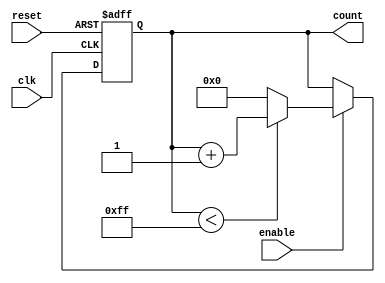
module parameterized_counter #(
    parameter WIDTH = 8,            // Bit-width of the counter
    parameter MAX_VALUE = 255       // Maximum count limit (must be <= 2**WIDTH - 1)
) (
    input wire clk,                 // Clock signal
    input wire enable,              // Enable signal
    input wire reset,               // Asynchronous reset signal
    output reg [WIDTH-1:0] count    // Current count value
);

    // Asynchronous reset and counting logic
    always @(posedge clk or posedge reset) begin
        if (reset) begin
            count <= 0;              // Reset counter to 0
        end else if (enable) begin
            if (count < MAX_VALUE) begin
                count <= count + 1;  // Increment counter
            end else begin
                count <= 0;          // Roll over to 0 if MAX_VALUE is reached
            end
        end
    end

endmodule